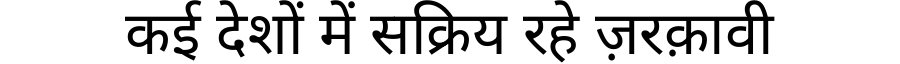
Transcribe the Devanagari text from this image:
कई देशों में सक्रिय रहे ज़रक़ावी